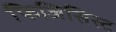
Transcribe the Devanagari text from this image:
फिजिसिस्ट